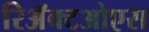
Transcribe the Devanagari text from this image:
रिअॅक्टओएस